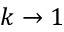
k \to 1